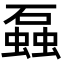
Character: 𬒣